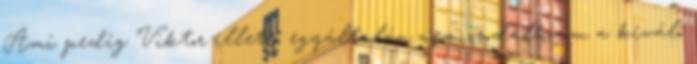
Ami pedig Viktor illeti, egyáltalán nem csodálkozom a kiváló